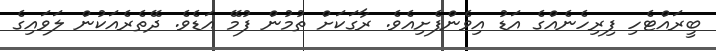
ބީރައްޓެހި ފިރިހެނެއްގެ އަޑު އިވެންފެށިއެވެ. ރާގަކަށް ތުމުން ފުމޭ އަޑެވެ. ދޭތެރެއަކުން ލަވައިގެ